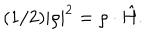
LaTeX: ( 1 / 2 ) | \rho | ^ { 2 } = { \rho } \cdot \hat { H } .